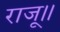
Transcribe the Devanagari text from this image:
राजू॥